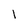
Character: l